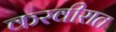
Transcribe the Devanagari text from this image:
करवीरात